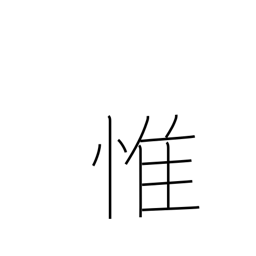
Meaning: consider